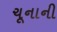
ચૂનાની